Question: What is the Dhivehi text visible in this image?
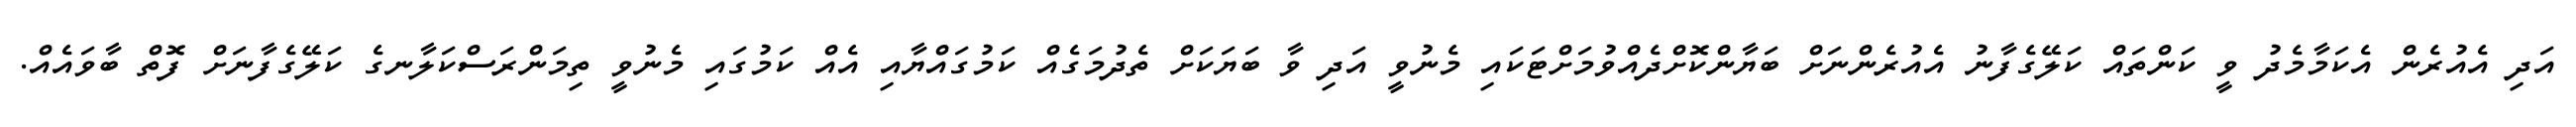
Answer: އަދި އެއުރެން އެކަމާމެދު ވީ ކަންތައް ކަލޭގެފާނު އެއުރެންނަށް ބަޔާންކޮށްދެއްވުމަށްޓަކައި މެނުވީ އަދި ވާ ބަޔަކަށް ތެދުމަގެއް ކަމުގައްޔާއި އެއް ކަމުގައި މެނުވީ ތިމަންރަސްކަލާނގެ ކަލޭގެފާނަށް ފޮތް ބާވައެއް.